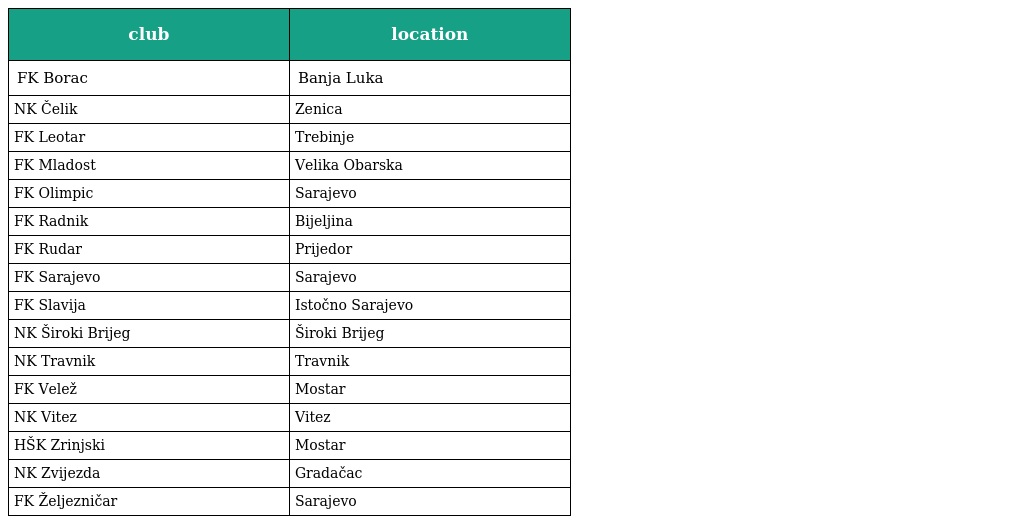
| club | location |
 | --- | --- |
 | FK Borac | Banja Luka |
 | NK Čelik | Zenica |
 | FK Leotar | Trebinje |
 | FK Mladost | Velika Obarska |
 | FK Olimpic | Sarajevo |
 | FK Radnik | Bijeljina |
 | FK Rudar | Prijedor |
 | FK Sarajevo | Sarajevo |
 | FK Slavija | Istočno Sarajevo |
 | NK Široki Brijeg | Široki Brijeg |
 | NK Travnik | Travnik |
 | FK Velež | Mostar |
 | NK Vitez | Vitez |
 | HŠK Zrinjski | Mostar |
 | NK Zvijezda | Gradačac |
 | FK Željezničar | Sarajevo |